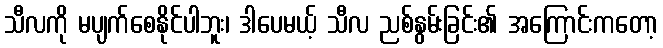
သီလကို မပျက်စေနိုင်ပါဘူး၊ ဒါပေမယ့် သီလ ညစ်နွမ်းခြင်း၏ အကြောင်းကတော့